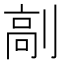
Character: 𠞟